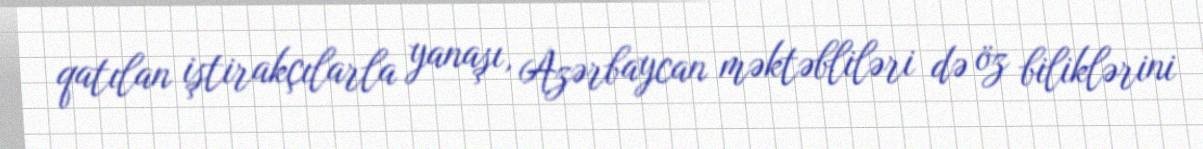
qatılan iştirakçılarla yanaşı, Azərbaycan məktəbliləri də öz biliklərini